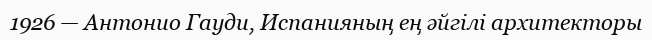
1926 — Антонио Гауди, Испанияның ең әйгілі архитекторы